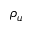
\rho _ { u }